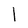
Character: I